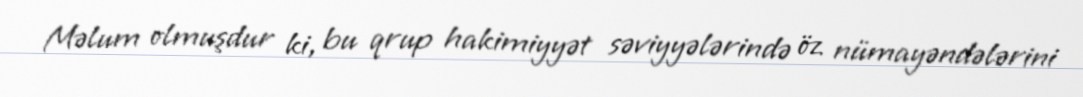
Məlum olmuşdur ki, bu qrup hakimiyyət səviyyələrində öz nümayəndələrini